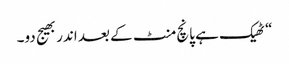
“ ٹھیک ہے پانچ منٹ کے بعد اندر بھیج دو۔